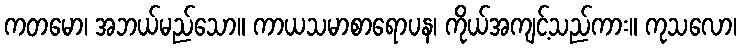
ကတမော၊ အဘယ်မည်သော။ ကာယသမာစာရောပန၊ ကိုယ်အကျင့်သည်ကား။ ကုသလော၊